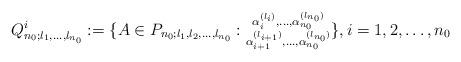
LaTeX: \begin{align*}Q^i_{n_0;l_1,\ldots,l_{n_0}}:=\{A\in P_{n_0;l_1,l_2,\ldots,l_{n_0}}:\substack{ \alpha^{(l_i)}_i,\ldots,\alpha^{(l_{n_0})}_{n_0}\\ \alpha^{(l_{i+1})}_{i+1},\ldots,\alpha^{(l_{n_0})}_{n_0}}\}, i=1,2,\ldots, n_0\end{align*}